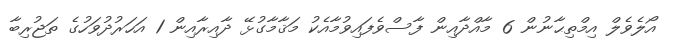
އޯލެވެލް އިމްތިޙާނުން 6 މާއްދާއިން ފާސްވެފައިވުމާއެކު މަޤާމާގުޅޭ ދާއިރާއިން 1 އަހަރުދުވަހުގެ ތަޖުރިބާ